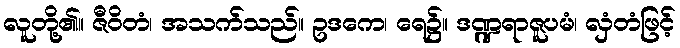
လူတို့၏။ ဇီဝိတံ၊ အသက်သည်။ ဥဒကေ၊ ရေ၌။ ဒဏ္ဍရာဇူပမံ၊ လှံတံဖြင့်